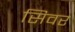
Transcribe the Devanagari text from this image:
सिवर